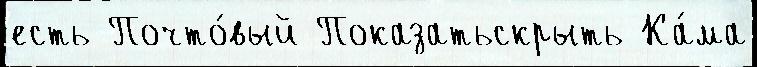
есть Почто́вый Показатьскрыть Ка́ма